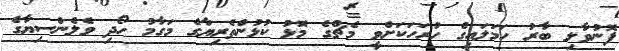
ފޮނުވާލި ބާރު ހަމަލައިގެ ހުރަހަކަށްވީ މެޗްގެ މޮޅު ކުޅުންތެރިޔާގެ މަގާމު ހޯދި ވެލެންސިޔާގެ